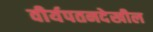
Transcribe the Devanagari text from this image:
वीर्यपतनदेखील